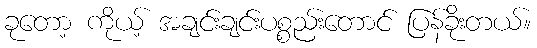
ခုတော့ ကိုယ့် အချင်းချင်းပစ္စည်းတောင် ပြန်ခိုးတယ်။